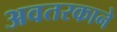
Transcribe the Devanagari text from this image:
अवतरकाने